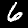
Label: 6